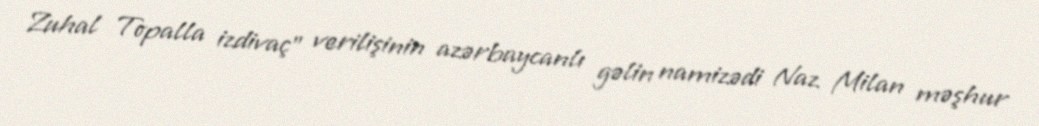
Zuhal Topalla izdivaç" verilişinin azərbaycanlı gəlin namizədi Naz Milan məşhur